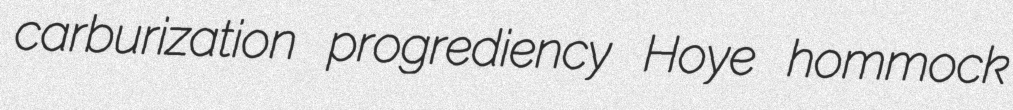
carburization progrediency Hoye hommock